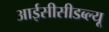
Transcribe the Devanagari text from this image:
आईसीसीडब्‍ल्‍यू